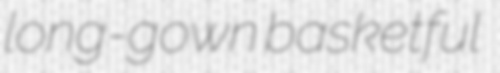
long-gown basketful